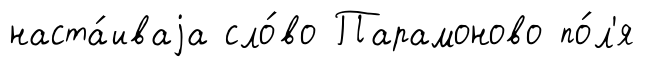
наста́иваjа сло́во Парамоново по́л'я